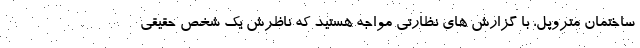
ساختمان متروپل، با گزارش های نظارتی مواجه هستید که ناظرش یک شخص حقیقی